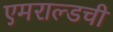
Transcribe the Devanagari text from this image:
एमराल्डची